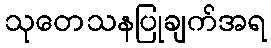
သုတေသနပြုချက်အရ